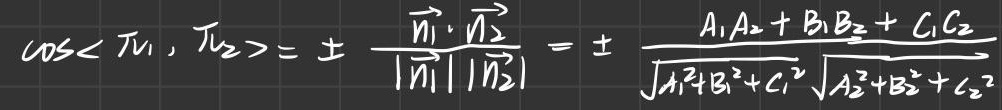
\(\cos< \overrightarrow{n_{1}},\overrightarrow{n_{2}}>=\pm \frac{\overrightarrow{n_{1}}\cdot\overrightarrow{n_{2}}}{|\overrightarrow{n_{1}}||\overrightarrow{n_{2}}|}=\pm \frac{A_{1}A_{2}+B_{1}B_{2}+C_{1}C_{2}}{\sqrt{A_{1}^{2}+B_{1}^{2}+C_{1}^{2}}\sqrt{A_{2}^{2}+B_{2}^{2}+C_{2}^{2}}}\)